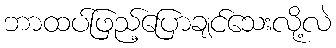
ဘာထပ်ဖြည့်ပြောချင်သေးလို့လဲ